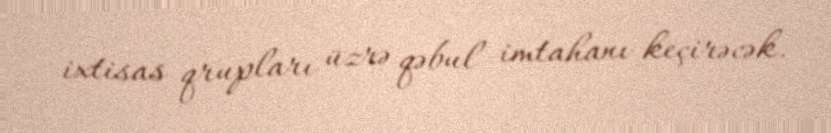
ixtisas qrupları üzrə qəbul imtahanı keçirəcək.